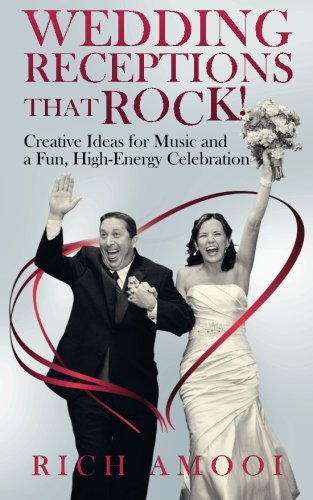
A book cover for Wedding Receptions That Rock: Creative Ideas for Music and a Fun, High-Energy Celebration; Rich Amooi; Crafts, Hobbies & Home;